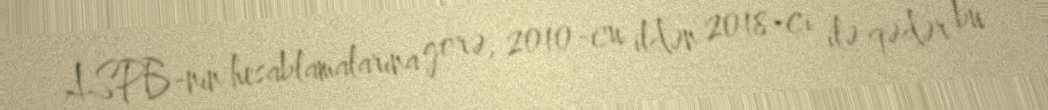
ASPB-nin hesablamalarına görə, 2010-cu ildən 2018-ci ilə qədər bu